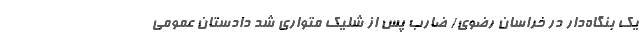
یک بنگاه‌دار در خراسان رضوی/ ضارب پس از شلیک متواری شد دادستان عمومی